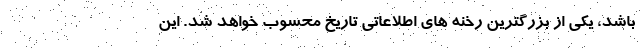
باشد، یکی از بزرگترین رخنه های اطلاعاتی تاریخ محسوب خواهد شد. این